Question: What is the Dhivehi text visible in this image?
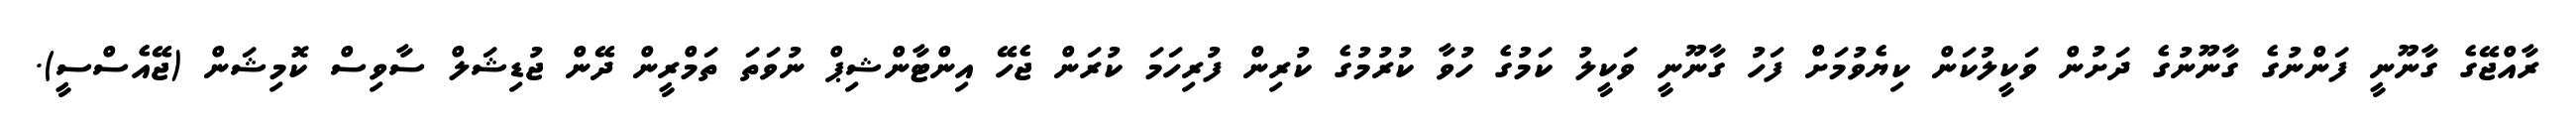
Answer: ރާއްޖޭގެ ގާނޫނީ ފަންނުގެ ގާނޫނުގެ ދަށުން ވަކީލުކަން ކިޔެވުމަށް ފަހު ގާނޫނީ ވަކީލު ކަމުގެ ހުވާ ކުރުމުގެ ކުރިން ފުރިހަމަ ކުރަން ޖެހޭ އިންޓާންޝިޕް ނުވަތަ ތަމްރީން ދޭން ޖުޑިޝަލް ސާވިސް ކޮމިޝަން (ޖޭއެސްސީ).